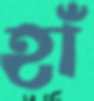
হাঁ